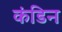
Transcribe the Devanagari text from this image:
कंडिन